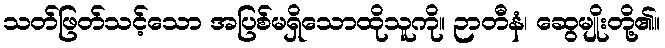
သတ်ဖြတ်သင့်သော အပြစ်မရှိသောထိုသူကို။ ဉာတီနံ၊ ဆွေမျိုးတို့၏။